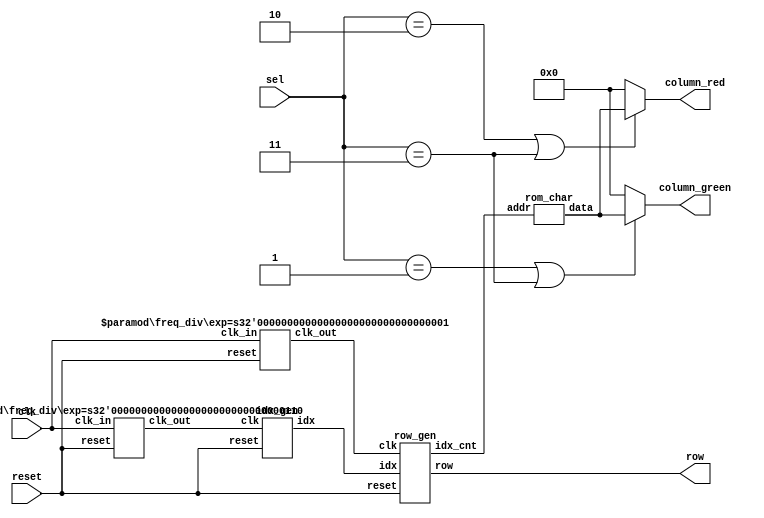
module	lab4_1(clk, reset, row, sel, column_green, column_red);
input 	clk,reset;
input	[1:0]sel;
output	[7:0]row, column_green, column_red;
wire 	clk_row, clk_idx;
wire	[6:0]idx, idx_cnt;
wire	[7:0]column_out;

assign 	column_green= (sel== 2'b01 || sel== 2'b11)? column_out: 8'b0;
assign 	column_red	= (sel== 2'b10 || sel== 2'b11)? column_out: 8'b0;

//freq_div#(22) M1 (clk,reset,clk_idx);
freq_div#(6) M1 (clk,reset,clk_idx);
//freq_div#(12) M2 (clk,reset,clk_row);
freq_div#(1) M2 (clk,reset,clk_row);
idx_gen M3 (clk_idx,reset,idx); 
row_gen M4 (clk_row,reset, idx, row, idx_cnt);
rom_char M5 (idx_cnt, column_out);
endmodule
//---------------------------------------------------------------------
module 	rom_char(addr, data);
input	[6:0]addr;
output	[7:0]data;
reg		[7:0]data;

always@(addr) 
begin
	case(addr)
	7'd0: 	data=8'b00000000;		
	7'd1: 	data=8'b00000000;	
	7'd2: 	data=8'b00000000; 	
	7'd3: 	data=8'b00000000;
	7'd4: 	data=8'b00000000;		
	7'd5: 	data=8'b00000000;	
	7'd6: 	data=8'b00000000;		
	7'd7: 	data=8'b00000000;
	//-----------------------
	7'd8: 	data=8'b00111100;		
	7'd9: 	data=8'b01000010;	
	7'd10: 	data=8'b01000110; 	
	7'd11: 	data=8'b01001010;
	7'd12: 	data=8'b01010010;	
	7'd13: 	data=8'b01100010;
	7'd14: 	data=8'b00111100;	
	7'd15: 	data=8'b00000000;
	//-----------------------

	7'd16: 	data=8'b00001000;	
	7'd17: 	data=8'b00011000;
	7'd18: 	data=8'b00001000;	
	7'd19: 	data=8'b00001000;
	7'd20: 	data=8'b00001000;	
	7'd21: 	data=8'b00001000;
	7'd22: 	data=8'b00011100;	
	7'd23: 	data=8'b00000000;
	//
	7'd24: 	data=8'b00111100;	
	7'd25: 	data=8'b01000010;
	7'd26: 	data=8'b01000010;	
	7'd27: 	data=8'b00000100;
	7'd28: 	data=8'b00001000;	
	7'd29: 	data=8'b00010000;
	7'd30: 	data=8'b01111110;	
	7'd31: 	data=8'b00000000;
	//
	7'd32: 	data=8'b00111100; 	
	7'd33: 	data=8'b01000010;
	7'd34: 	data=8'b00000010;	
	7'd35: 	data=8'b00111100;
	7'd36: 	data=8'b00000010;	
	7'd37: 	data=8'b01000010;
	7'd38: 	data=8'b00111100;	
	7'd39: 	data=8'b00000000;
	//
	7'd40: 	data=8'b00011100; 	
	7'd41: 	data=8'b00100100;
	7'd42: 	data=8'b01000100;	
	7'd43: 	data=8'b01000100;
	7'd44: 	data=8'b01000100;	
	7'd45: 	data=8'b01111110;
	7'd46: 	data=8'b00000100;	
	7'd47: 	data=8'b00000000;
	//
	7'd48: 	data=8'b01111110;	
	7'd49: 	data=8'b01000000;
	7'd50: 	data=8'b01000000;	
	7'd51: 	data=8'b01111100;
	7'd52: 	data=8'b00000010;	
	7'd53: 	data=8'b01000010;
	7'd54: 	data=8'b00111100;	
	7'd55: 	data=8'b00000000;
	//
	7'd56:	data=8'b00111100;
	7'd57:	data=8'b01000000;
	7'd58:	data=8'b01000000;
	7'd59:	data=8'b01111100;
	7'd60:	data=8'b01000010;
	7'd61:	data=8'b01000010;
	7'd62:	data=8'b00111100;
	7'd63:	data=8'b00000000;
	//-----------------------
	7'd64:	data=8'b00111100;
	7'd65:	data=8'b01000010;
	7'd66:	data=8'b01000010;
	7'd67:	data=8'b00000010;
	7'd68:	data=8'b00000100;
	7'd69:	data=8'b00000100;
	7'd70:	data=8'b00000100;
	7'd71:	data=8'b00000000;
	//-----------------------
	7'd72:	data=8'b00111100;
	7'd73:	data=8'b01000010;
	7'd74:	data=8'b01000010;
	7'd75:	data=8'b00111100;
	7'd76:	data=8'b01000010;
	7'd77:	data=8'b01000010;
	7'd78:	data=8'b00111100;
	7'd79:	data=8'b00000000;
	//-----------------------
	7'd80:	data=8'b00111100;
	7'd81:	data=8'b01000010;
	7'd82:	data=8'b01000010;
	7'd83:	data=8'b00111100;
	7'd84:	data=8'b00000010;
	7'd85:	data=8'b00000010;
	7'd86:	data=8'b00000010;
	7'd87:	data=8'b00000000;
	endcase
end
endmodule
//---------------------------------------------------
module 	idx_gen(clk, reset, idx);
input 	clk,reset;
output	[6:0]idx;
reg		[6:0]idx;

always@(posedge clk or posedge reset) 
begin
	if(reset)
		idx= 7'd0;
	else if(idx==7'd80)
			idx= 7'd0;
		else
			idx=idx+7'd08;
end
endmodule
//---------------------------------------------------
module 	row_gen(clk, reset, idx, row, idx_cnt);
input 	clk, reset;
input	[6:0]idx;
output	[7:0]row;
output	[6:0]idx_cnt;
reg		[7:0]row;
reg		[6:0]idx_cnt;
reg		[2:0]cnt;

always@(posedge clk or posedge reset) 
begin
	if(reset) begin
		row		=8'b1000_0000;
		cnt		=3'd0;
		idx_cnt	=7'd0;
		end
	else begin
		row		={row[0],row[7:1]} ;    	//(LED)
		cnt		=cnt+3'd1;        	//(07) 
		idx_cnt	=idx+cnt;  	//(07)
		end
end
endmodule
//---------------------------------------------------
module 		freq_div(clk_in,reset,clk_out);

parameter	exp = 20;   
input		clk_in, reset;
output		clk_out;
reg			[exp-1:0] divider;
integer 	i;

assign 	clk_out= divider[exp-1];

always@ (posedge clk_in or posedge reset)
begin
	if(reset)
		for(i=0; i < exp; i=i+1)
		divider[i] = 1'b0;
	else
		divider = divider+ 1'b1;
end
endmodule
//--------------------------------------------------